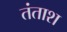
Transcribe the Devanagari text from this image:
तंताश